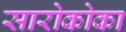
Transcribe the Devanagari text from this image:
सारोकोका